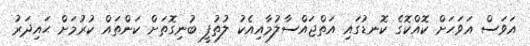
އަވަސް އަވަހަށް ކޮއްކޮގެ ކޮނޑުގައި އަތްޖައްސާލުމާއިއެކު ލުތުފީ ބުނިގޮތަށް ކަންތައް ކުރުމަށް ޙައިދަރު